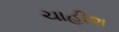
ચાહીશ